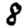
Digit: 8